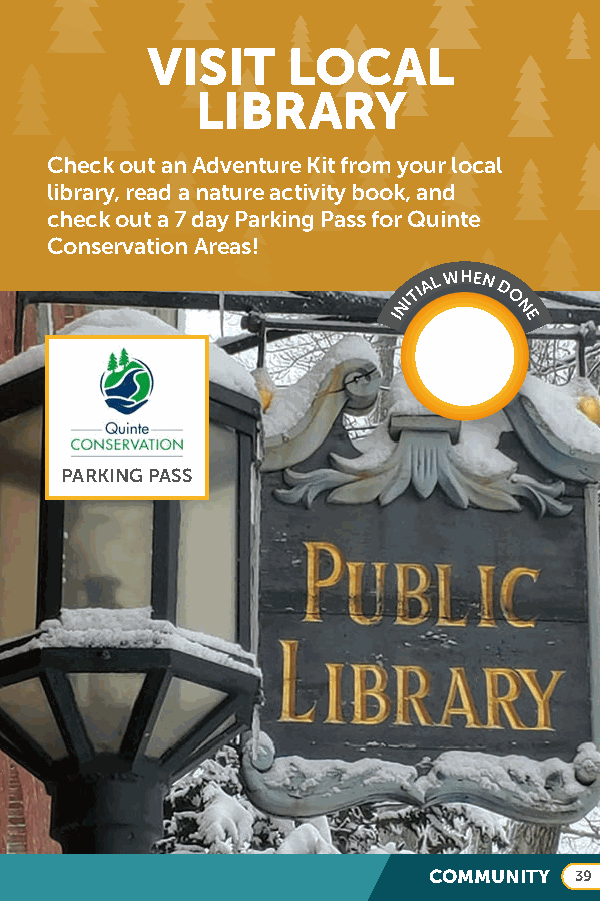
VISIT    LOCAL
 LIBRARY
 Check out an Adventure Kit from your local
 library, read a nature activity book, and
 check out a 7 day Parking Pass for Quinte
 Conservation Areas!
 TIA L WHEN D
 INI    O
 N
 E
 PARKING PASS
 COMMUNITY 39